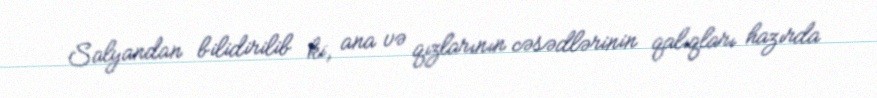
Salyandan bilidirilib ki, ana və qızlarının cəsədlərinin qalıqları hazırda